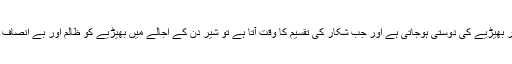
المیہ یہ ہے کہ ہمارے ملک میں آئے دن شیر اور بھیڑیے کی دوستی ہوجاتی ہے اور جب شکار کی تقسیم کا وقت آتا ہے تو شیر دن کے اُجالے میں بھیڑیے کو ظالم اور بے انصاف قرار دے کر اسے اپنے انجام تک پہنچا دیتا ہے۔